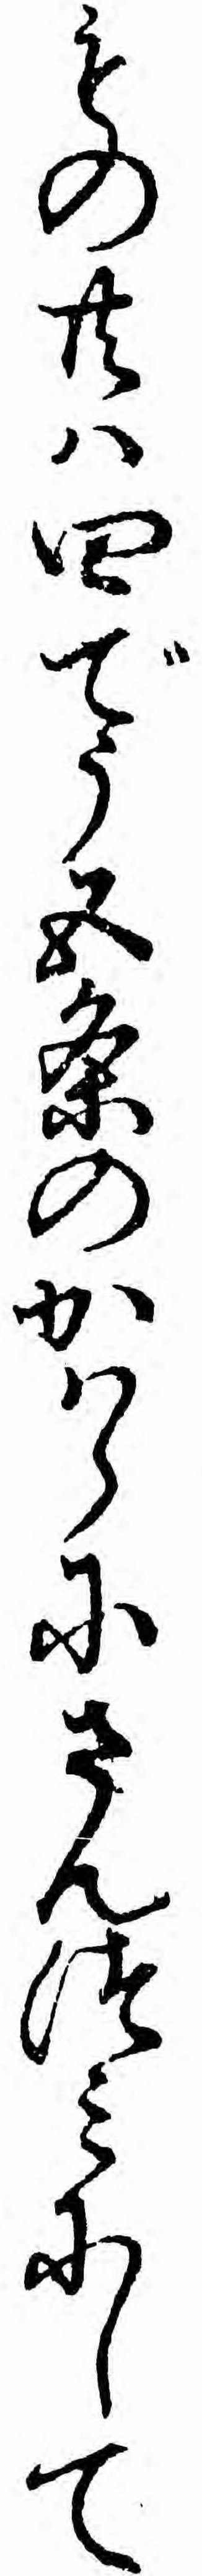
もの共ハ四でう五条のかハらにさんつミにして